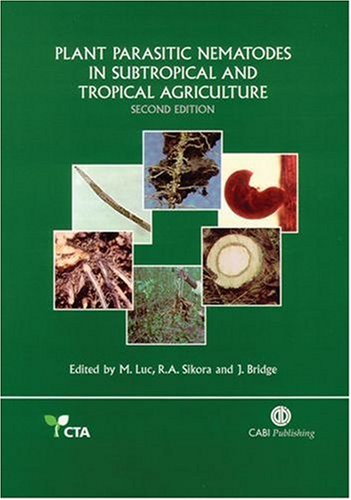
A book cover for Plant Parasitic Nematodes in Subtropical and Tropical Agriculture; Michel Luc; Science & Math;